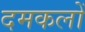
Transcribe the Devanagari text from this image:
दमकलों